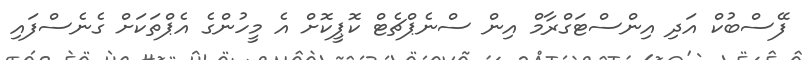
ފޭސްބުކް އަދި އިންސްޓަގްރާމް އިން ސްނެޕްޗެޓް ކޮޕީކޮށް އެ މީހުންގެ އެޕްތަކަށް ގެނެސްފައި